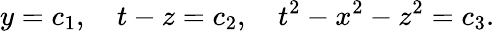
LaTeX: y=c_{1},~~~~t-z=c_{2},~~~~t^{2}-x^{2}-z^{2}=c_{3}.